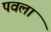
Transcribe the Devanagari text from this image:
पवला